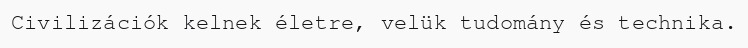
Civilizációk kelnek életre, velük tudomány és technika.